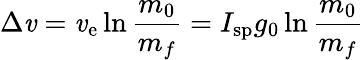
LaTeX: \Delta\mathit{v}=\mathit{v}_{\mathrm{{e}}}\ln{\frac{{m_{0}}}{{m_{f}}}}=I_{\mathrm{{sp}}}g_{0}\ln{\frac{{m_{0}}}{{m_{f}}}}